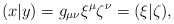
\begin{align*}(x|y)=g_{\mu \nu }\xi^\mu \zeta^\nu=(\xi |\zeta ),\end{align*}